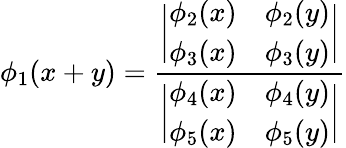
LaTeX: \phi_{1}(x+y)={\frac{\biggl|\begin{array}{ll}{{\phi_{2}(x)}}&{{\phi_{2}(y)}}\\ {{\phi_{3}(x)}}&{{\phi_{3}(y)}}\end{array}\biggr|}{\biggl|\begin{array}{ll}{{\phi_{4}(x)}}&{{\phi_{4}(y)}}\\ {{\phi_{5}(x)}}&{{\phi_{5}(y)}}\end{array}\biggr|}}